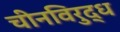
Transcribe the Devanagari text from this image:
चीनविरुद्ध